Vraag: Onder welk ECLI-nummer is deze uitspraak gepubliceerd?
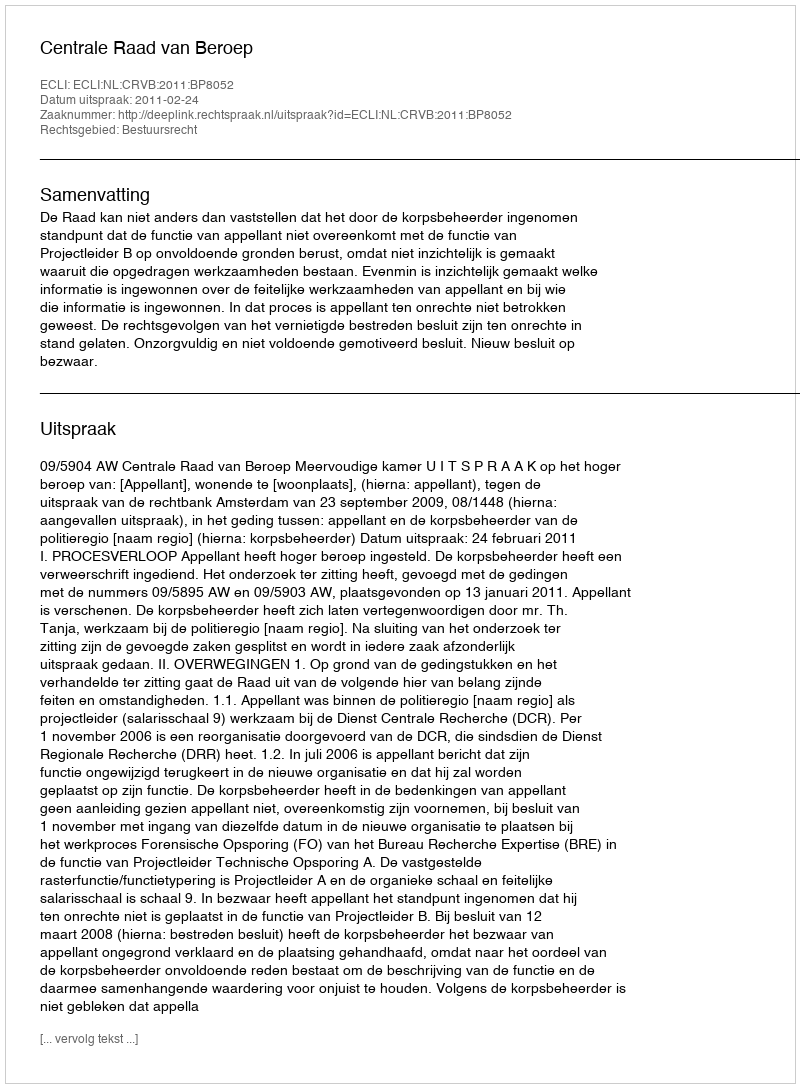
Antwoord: ECLI:NL:CRVB:2011:BP8052